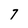
Character: 7